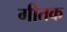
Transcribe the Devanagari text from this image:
गीतक